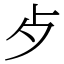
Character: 歺